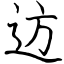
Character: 䢍